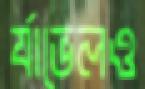
র‍্যাভেলও